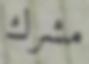
مشرك